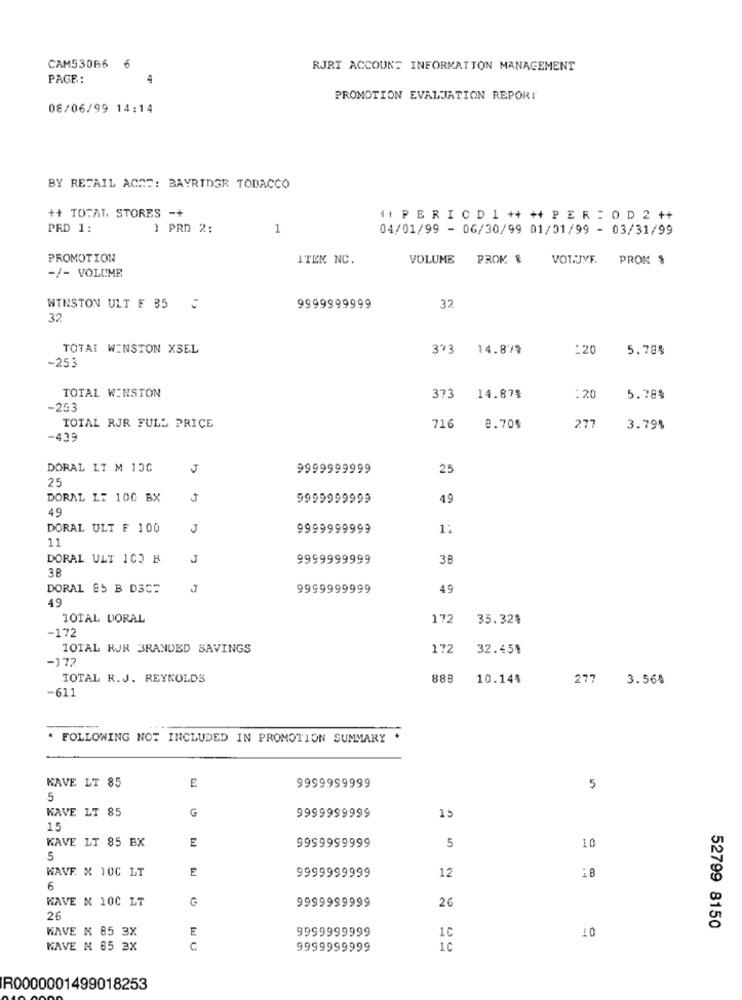
CAM530B6
6
RJRT ACCOUNT INFORMATION MANAGEMENT
PAGE:
4
PROMOTION EVALUATION REPORT
08/06/99 14:14
BY RETAIL ACCE: BAYRIDGR TOBACCO
++ TOTAL, STORES -+
41 PER IC D 1 ++ ++ P E R : 0 D 2 ++
PRD 1:
1 PRD 2:
1
04/01/99 - 06/30/99 01/01/99 - 03/31/99
PROMOTION
ITEM NC.
VOLUME
PROK &
VOT.JVF. PROM $
-/- VOLUME
32
WINSTON ULT F 85
9999999999
32
TOTAL WINSTON XSEL
373 14.879
:20
5.78%
-253
TOTAL WINSTON
373
14.87%
:20
5.78%
-253
TOTAL RJR FULL PRICE
716
8.70%
277
3.79%
-439
DORAL LT M 15G
J
9999999999
25
25
DORAL L: 106 BX
9999999999
49
49
DORAL ULT F 100
J
9999999999
11
DORAL ULT 102 H
J
9999999999
38
38
DORAL 85 B D3C=
9999999999
49
49
TOTAL DORAL
172
35.32%
-172
TOTAL RJR BRANDED SAVINGS
172
32.45%
-172
TOTAL R.J. REYNOLDS
888
10.14%
277
3.56%
-611
. FOLLOWING NOT INCLUDED IN PROMOTION SUMMARY
WAVE LT 85
E
9999999999
5
5
WAVE LT 85
G
9999999999
15
15
KAVE LT 85 BX
E
9999999999
5
1
5
WAVE X 100 LT
9999999999
12
.
6
9999999999
26
HAVE M 100 LT
26
WAVE M 85 3X
E
9999999999
52799 8150
10
10
HAVE M 85 3X
C
9999999999
1c
R0000001499018253